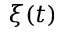
\xi ( t )